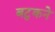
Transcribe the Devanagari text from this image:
बटुकने